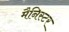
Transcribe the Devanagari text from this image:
मैनिस्टर